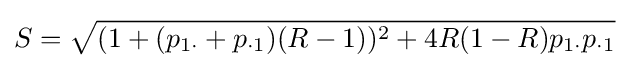
S={\sqrt {(1+(p_{1\cdot }+p_{\cdot 1})(R-1))^{2}+4R(1-R)p_{1\cdot }p_{\cdot 1}}}